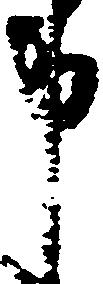
申